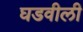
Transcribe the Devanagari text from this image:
घडवीली